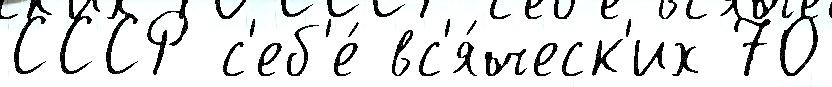
СССР с'еб'е́ вс'я́ческ'их 70